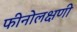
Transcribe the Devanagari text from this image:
फीनोलक्षणी